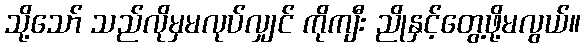
သို့သော် သည်လိုမှမလုပ်လျှင် ကိုကျီး ညိုနှင့်တွေ့ဖို့မလွယ်။